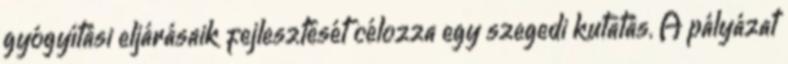
gyógyítási eljárásaik fejlesztését célozza egy szegedi kutatás. A pályázat